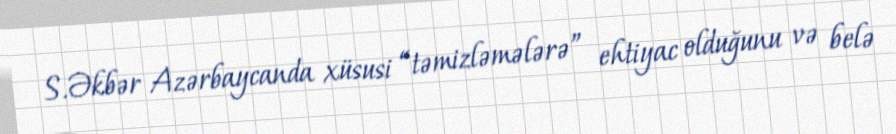
S.Əkbər Azərbaycanda xüsusi “təmizləmələrə” ehtiyac olduğunu və belə